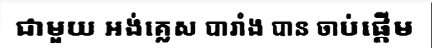
ជាមួយ អង់គ្លេស បារាំង បាន ចាប់ផ្តើម